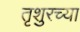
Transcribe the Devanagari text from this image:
तृशुरच्या